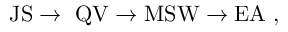
\mathrm { J S } \to \ \mathrm { Q V } \to \mathrm { M S W } \to \mathrm { E A } \ ,